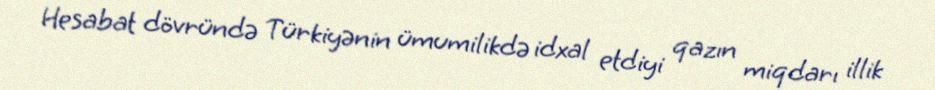
Hesabat dövründə Türkiyənin ümumilikdə idxal etdiyi qazın miqdarı illik